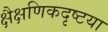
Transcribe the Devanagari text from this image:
क्षैक्षणिकदृष्टया